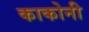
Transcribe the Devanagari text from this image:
काकोनी